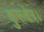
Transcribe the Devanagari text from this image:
कुरूक्षेत्र।